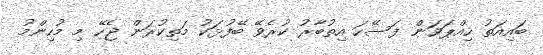
ބައިއަތު ހިއްޕަވަން ފަސޭހަ އިތުބާރު ކުރެވޭ ބޭފުޅަކު މަތިކުރަން ޖެހޭ މި މުހިންމު